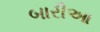
બારીઆ